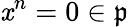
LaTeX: \mathit{x}^{n}=0\in{\mathfrak{{p}}}